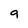
Character: 9